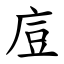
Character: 㢄